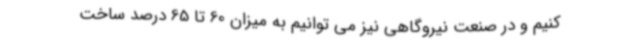
کنیم و در صنعت نیروگاهی نیز می توانیم به میزان 60 تا 65 درصد ساخت